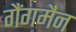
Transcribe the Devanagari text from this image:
गैंगमैन